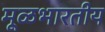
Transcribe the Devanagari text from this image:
मूळभारतीय